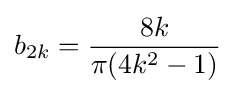
b_{2k}={\frac {8k}{\pi (4k^{2}-1)}}